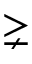
\gneq